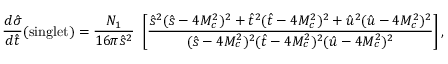
\frac { d \hat { \sigma } } { d \hat { t } } ( \mathrm { s i n g l e t } ) = \frac { { \cal N } _ { 1 } } { 1 6 \pi \hat { s } ^ { 2 } } ~ \left[ \frac { \hat { s } ^ { 2 } ( \hat { s } - 4 M _ { c } ^ { 2 } ) ^ { 2 } + \hat { t } ^ { 2 } ( \hat { t } - 4 M _ { c } ^ { 2 } ) ^ { 2 } + \hat { u } ^ { 2 } ( \hat { u } - 4 M _ { c } ^ { 2 } ) ^ { 2 } } { ( \hat { s } - 4 M _ { c } ^ { 2 } ) ^ { 2 } ( \hat { t } - 4 M _ { c } ^ { 2 } ) ^ { 2 } ( \hat { u } - 4 M _ { c } ^ { 2 } ) ^ { 2 } } \right] ,